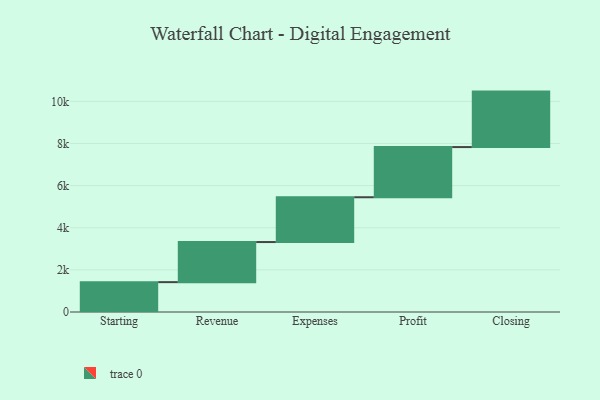
{"axis": {"x": "Step", "y": "Value"}, "legend": [""], "data": [{"x": "Starting", "y": 1418.0, "type": ""}, {"x": "Revenue", "y": 1904.0, "type": ""}, {"x": "Expenses", "y": 2127.0, "type": ""}, {"x": "Profit", "y": 2382.0, "type": ""}, {"x": "Closing", "y": 2634.0, "type": ""}]}